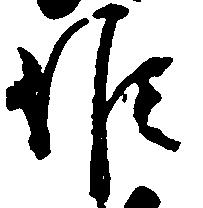
候